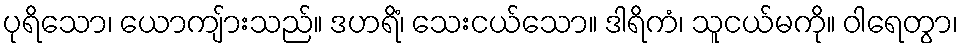
ပုရိသော၊ ယောကျ်ားသည်။ ဒဟရိံ၊ သေးငယ်သော။ ဒါရိကံ၊ သူငယ်မကို။ ဝါရေတွာ၊